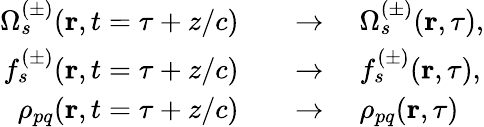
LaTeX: \begin{array}{rl}{\Omega_{s}^{(\pm)}(\textbf{r},t=\tau+z/c)\quad}&{\to\quad\Omega_{s}^{(\pm)}(\textbf{r},\tau),}\\ {f_{s}^{(\pm)}(\textbf{r},t=\tau+z/c)\quad}&{\to\quad f_{s}^{(\pm)}(\textbf{r},\tau),}\\ {\rho_{pq}(\textbf{r},t=\tau+z/c)\quad}&{\to\quad\rho_{pq}(\textbf{r},\tau)}\end{array}